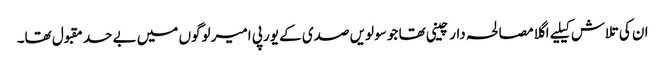
ان کی تلاش کیلیے اگلا مصالحہ دار چینی تھا جو سولویں صدی کے یورپی امیر لوگوں میں بے حد مقبول تھا۔